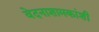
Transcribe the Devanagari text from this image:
वेदनाशामकांशी